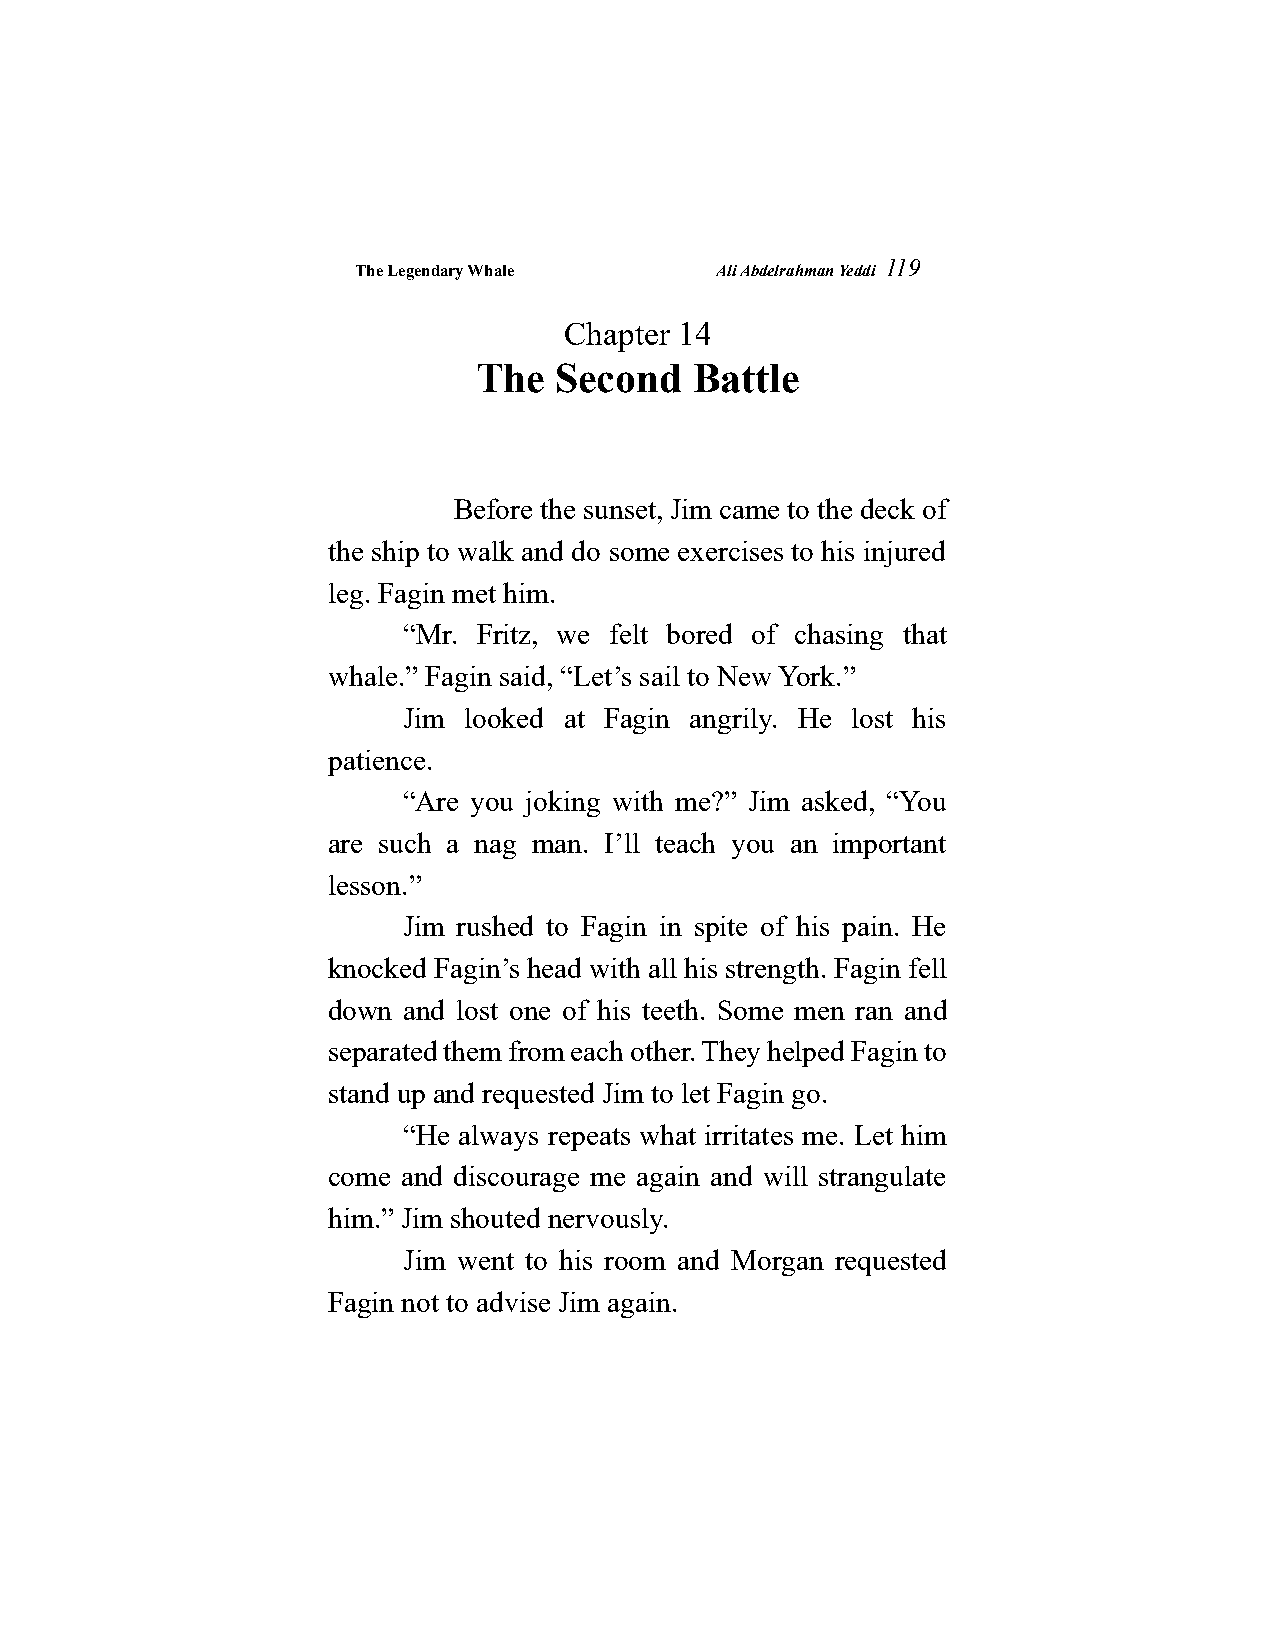
The Legendary Whale    Ali Abdelrahman Yeddi
 119
 Chapter 14
 The   Second   Battle
 Before the sunset, Jim came to the deck of
 the ship to walk and do some exercises to his injured
 leg. Fagin met him.
 “Mr. Fritz, we felt bored of chasing that
 whale.” Fagin said, “Let’s sail to New York.”
 Jim looked at Fagin angrily. He lost his
 patience.
 “Are you joking with me?” Jim asked, “You
 are such a nag man. I’ll teach you an important
 lesson.”
 Jim rushed to Fagin in spite of his pain. He
 knocked Fagin’s head with all his strength. Fagin fell
 down and lost one of his teeth. Some men ran and
 separated them from each other. They helped Fagin to
 stand up and requested Jim to let Fagin go.
 “He always repeats what irritates me. Let him
 come and discourage me again and will strangulate
 him.” Jim shouted nervously.
 Jim went to his room and Morgan requested
 Fagin not to advise Jim again.